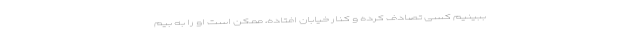
ببینیم کسی تصادف کرده و کنار خیابان افتاده، ممکن است او را به بیم